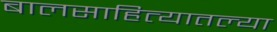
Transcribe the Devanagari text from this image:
बालसाहित्यातल्या